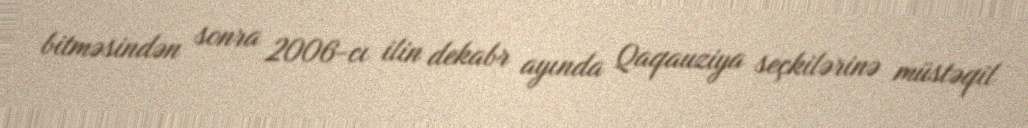
bitməsindən sonra 2006-cı ilin dekabr ayında Qaqauziya seçkilərinə müstəqil